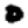
Digit: 0